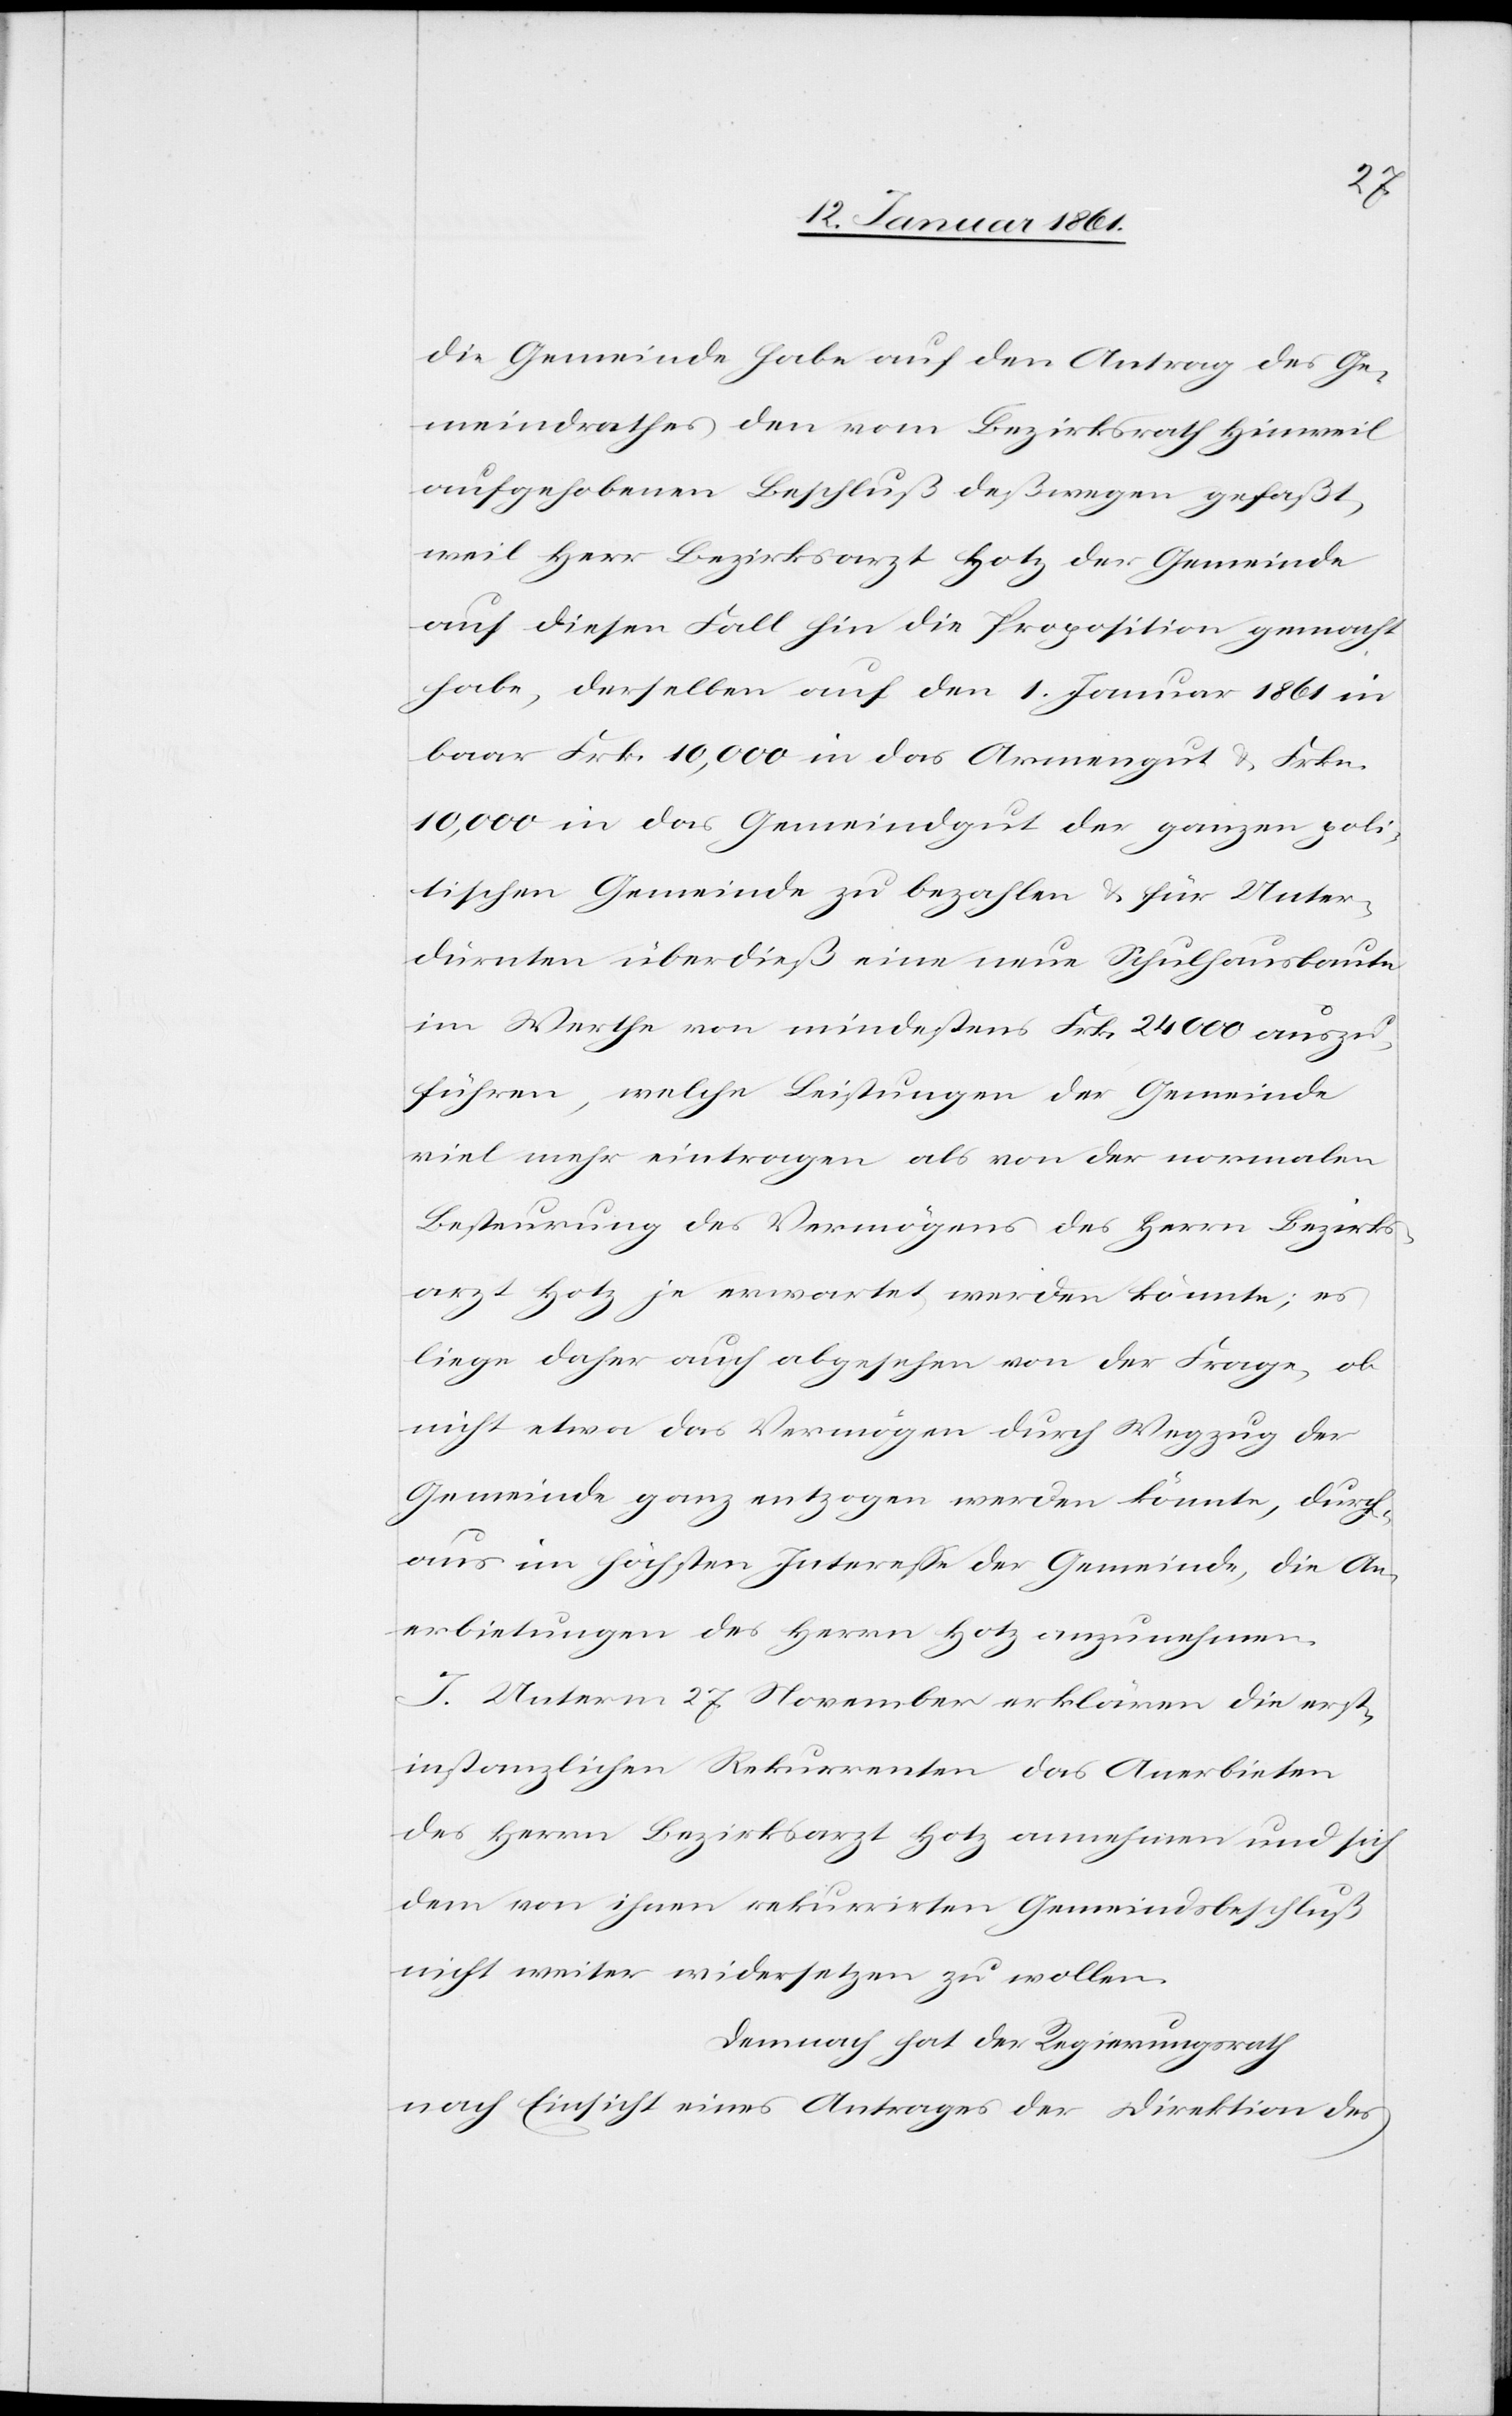
die Gemeinde habe auf den Antrag des Ge¬
meindrathes den vom Bezirksrath Hinweil
aufgehobenen Beschluß deßwegen gefaßt,
weil Herr Bezirksarzt Hotz der Gemeinde
auf diesen Fall hin die Proposition gemacht
habe, derselben auf den 1. Januar 1861 in
baar Frk. 10,000 in das Armengut u. Frk.
10,000 in das Gemeindgut der ganzen poli¬
tischen Gemeinde zu bezahlen u. für Unter¬
dürnten überdieß eine neue Schulhausbaute
im Werthe von mindestens Frk. 24 000 auszu¬
führen, welche Leistungen der Gemeinde
viel mehr eintragen als von der normalen
Besteurung des Vermögens des Herrn Bezirks¬
arzt Hotz je erwartet werden könnte; es
liege daher auch abgesehen von der Frage, ob
nicht etwa das Vermögen durch Wegzug der
Gemeinde ganz entzogen werden könnte, durch¬
aus im höchsten Interesse der Gemeinde, die An¬
erbietungen des Herrn Hotz anzunehmen.
I. Unterm 27. November erklären die erst¬
instanzlichen Rekurrenten das Anerbieten
des Herrn Bezirksarzt Hotz annehmen und sich
dem von ihnen rekurrirten Gemeindsbeschluß
nicht weiter widersetzen zu wollen.
Demnach hat der Regierungsrath
nach Einsicht eines Antrages der Direktion des